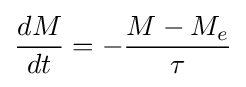
{\frac {dM}{dt}}=-{\frac {M-M_{e}}{\tau }}